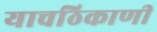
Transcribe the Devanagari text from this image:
याचठिकाणी